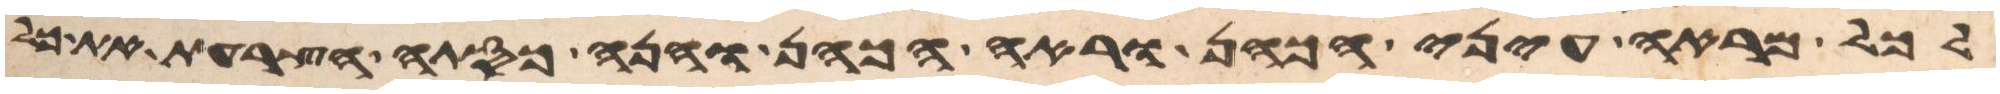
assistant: לכל מראה עיני הכהן וראה הכהן והנה כסתה הצרעת את כל